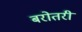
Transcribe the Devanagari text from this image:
बरोतरी